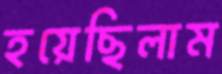
হয়েছিলাম